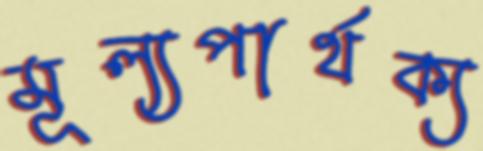
মূল্যপার্থক্য